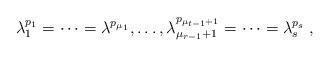
LaTeX: \begin{align*}\lambda_1^{p_1}=\cdots=\lambda^{p_{\mu_1}},\ldots,\lambda^{p_{\mu_{t-1}+1}}_{\mu_{r-1}+1}=\cdots=\lambda^{p_s}_s\;,\end{align*}